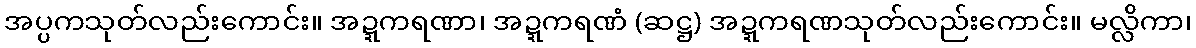
အပ္ပကသုတ်လည်းကောင်း။ အဍ္ဍကရဏာ၊ အဍ္ဍကရဏံ (ဆဋ္ဌ) အဍ္ဍကရဏသုတ်လည်းကောင်း။ မလ္လိကာ၊